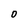
Character: 0